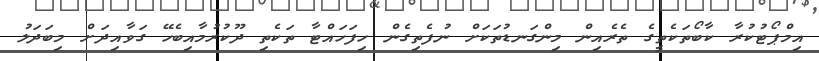
އިމްޕޯޓުކުރާ ކާބޯތަކެތީގެ ތެރެއިން މިންގަނޑުތަކަށް ނުފެތިގެން ހިފަހައްޓާ ތަކެތި ދޫކުރުމާއިބެހޭ ގަވާއިދަށް މިބަދަލު